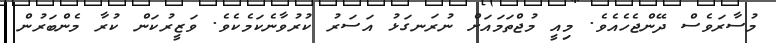
މުސާރަވެސް ދޭންޖެހެއެވެ. މިއީ މުޖްތަމައަށް ނުރަނގަޅު އަސަރު ކުރުވާނެކަމެކެވެ. ވަޒީރުކަން ކުރާ މެންބަރުން